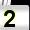
Digit: 2